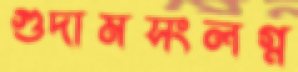
গুদামসংলগ্ন